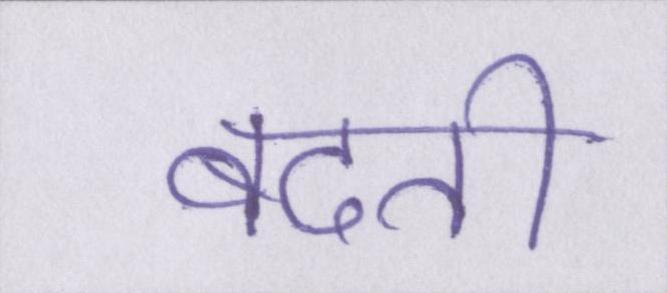
बदती